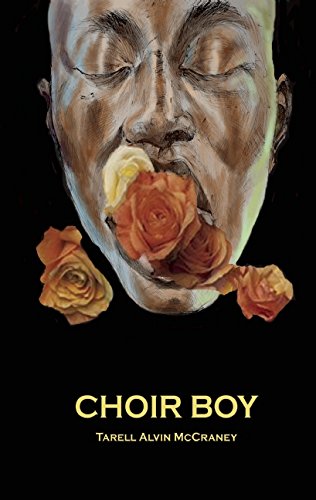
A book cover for Choir Boy; Tarell Alvin McCraney; Literature & Fiction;